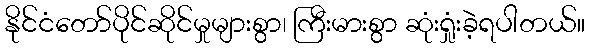
နိုင်ငံတော်ပိုင်ဆိုင်မှုများစွာ၊ ကြီးမားစွာ ဆုံးရှုံးခဲ့ရပါတယ်။